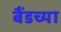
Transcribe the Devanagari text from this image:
बैंडच्या